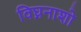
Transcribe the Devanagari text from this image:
विघ्ननाशो